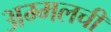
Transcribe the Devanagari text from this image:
अम्मलची